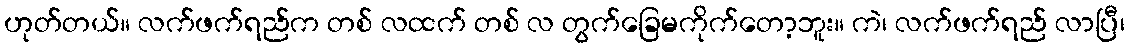
ဟုတ်တယ်။ လက်ဖက်ရည်က တစ် လထက် တစ် လ တွက်ခြေမကိုက်တော့ဘူး။ ကဲ၊ လက်ဖက်ရည် လာပြီ၊